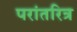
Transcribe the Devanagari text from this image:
परांतरित्र